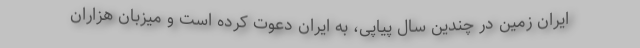
ایران زمین در چندین سال پیاپی، به ایران دعوت کرده است و میزبان هزاران